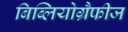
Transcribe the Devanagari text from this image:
बिब्लियोग्रैफीज